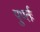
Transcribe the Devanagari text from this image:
पुर्ण्तः